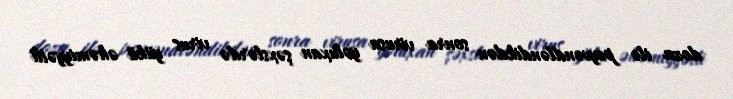
doza ilə peyvəndləndikdən sonra virusa yoluxan şəxslərdə virus yükü əhəmiyyətli